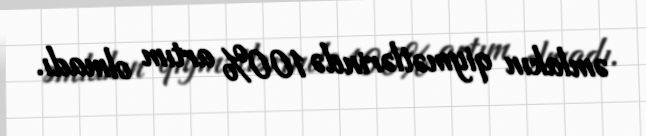
əmlakın qiymətlərində 100% artım olmadı.